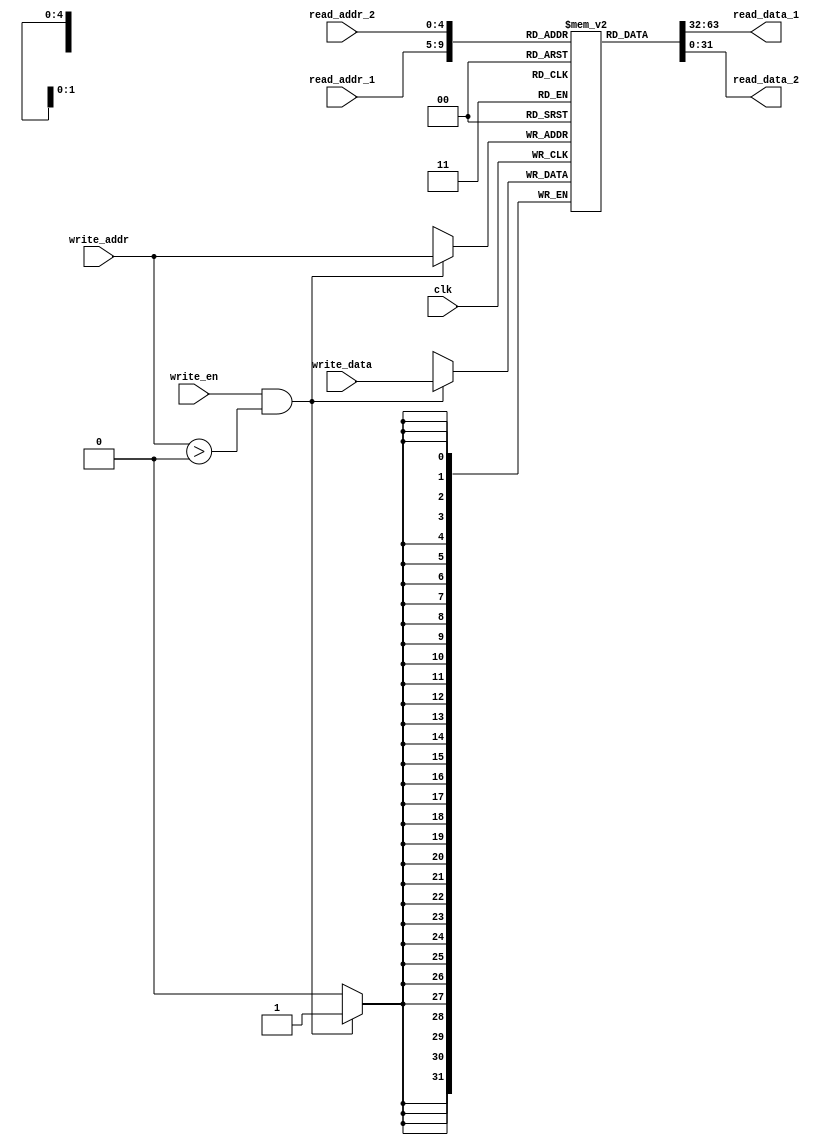
module Reg(
    input clk,
    input write_en,
    input [4:0] read_addr_1,
    input [4:0] read_addr_2,
    input [4:0] write_addr,
    input [31:0] write_data,
    output [31:0] read_data_1,
    output [31:0] read_data_2

);
    reg [31:0] register [31:0];

    // Initial block should be deleted in synthesis
    integer i;
    initial begin
        for (i = 0; i < 32; i = i + 1) begin
            register[i] <= 32'b0;
        end
    end
    // 

    always @(negedge clk) begin
        if ((write_en) && (write_addr > 0))
            register[write_addr] = write_data;
    end
    assign read_data_1 = register[read_addr_1];
    assign read_data_2 = register[read_addr_2];
endmodule